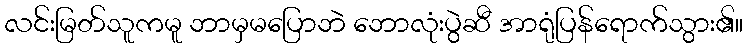
လင်းမြတ်သူကမူ ဘာမှမပြောဘဲ ဘောလုံးပွဲဆီ အာရုံပြန်ရောက်သွား၏။